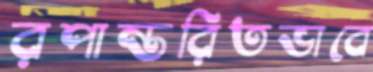
রপান্তরিতভাবে